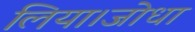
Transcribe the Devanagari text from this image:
लिया।जोधा